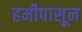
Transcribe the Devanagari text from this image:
हमीपासून